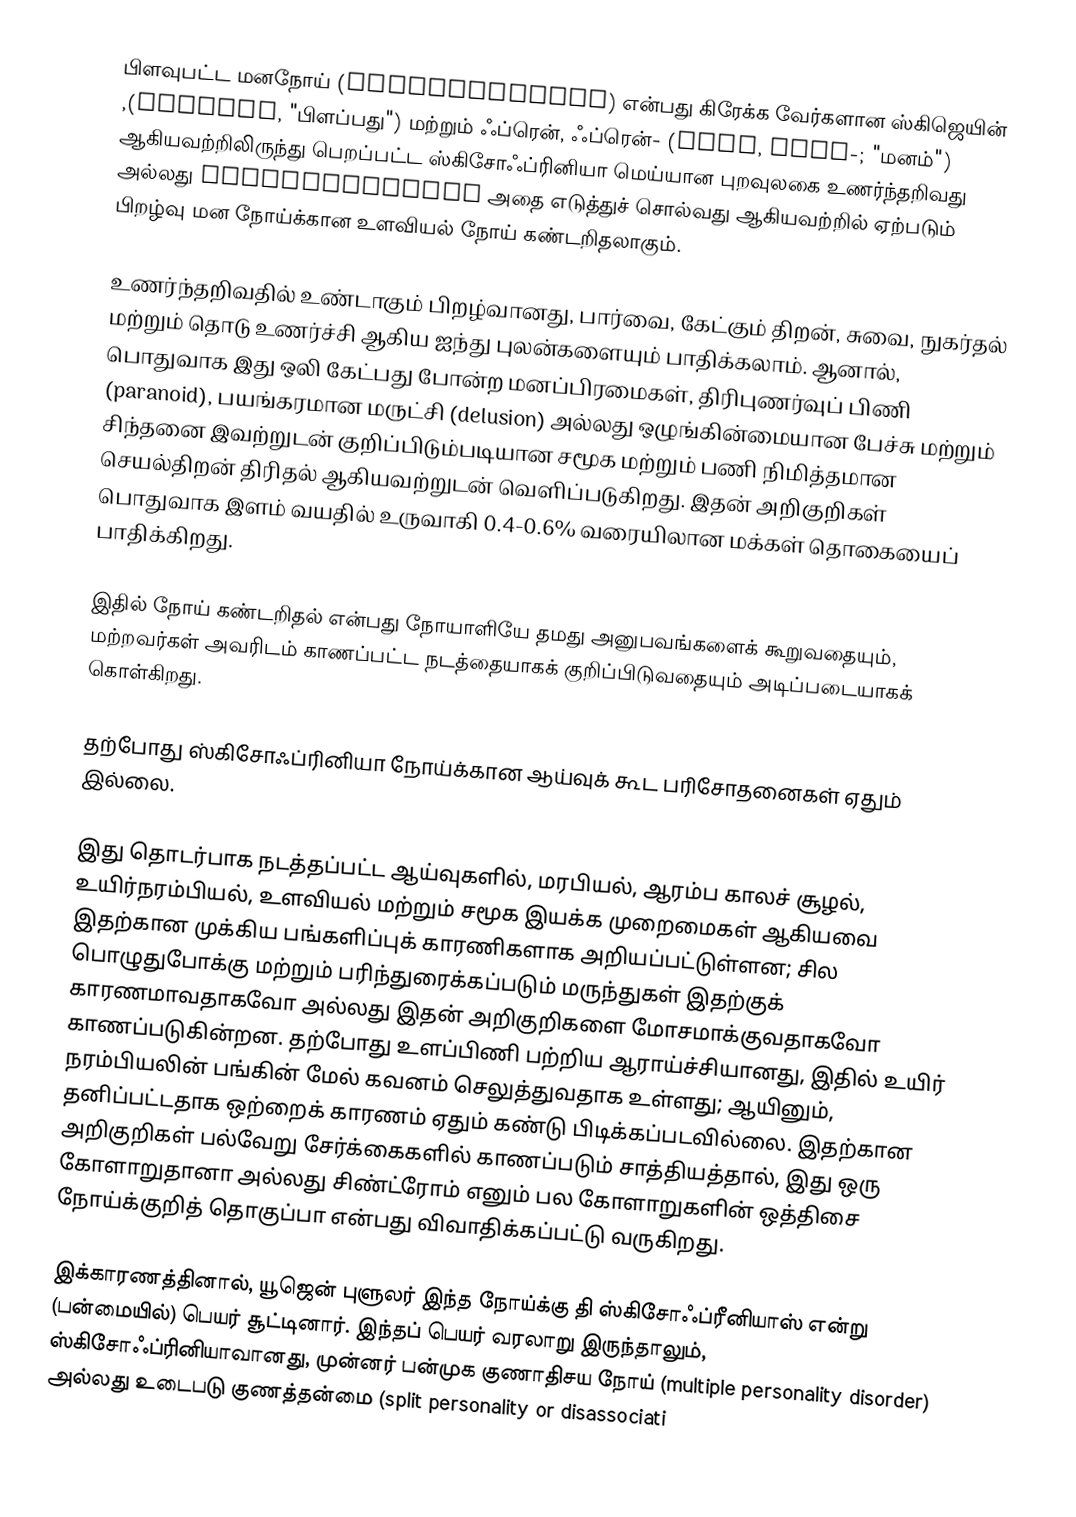
பிளவுபட்ட மனநோய் (Schizophrenia) என்பது கிரேக்க வேர்களான ஸ்கிஜெயின் ,(σχίζειν, "பிளப்பது") மற்றும் ஃப்ரென், ஃப்ரென்- (φρήν, φρεν-; "மனம்") ஆகியவற்றிலிருந்து பெறப்பட்ட ஸ்கிசோஃப்ரினியா  மெய்யான புறவுலகை உணர்ந்தறிவது  அல்லது skɪtsɵˈfriːniə அதை எடுத்துச் சொல்வது ஆகியவற்றில் ஏற்படும் பிறழ்வு மன நோய்க்கான  உளவியல் நோய் கண்டறிதலாகும்.

உணர்ந்தறிவதில் உண்டாகும் பிறழ்வானது, பார்வை, கேட்கும் திறன், சுவை, நுகர்தல் மற்றும் தொடு உணர்ச்சி ஆகிய ஐந்து புலன்களையும் பாதிக்கலாம். ஆனால், பொதுவாக இது ஒலி கேட்பது போன்ற மனப்பிரமைகள், திரிபுணர்வுப் பிணி (paranoid), பயங்கரமான மருட்சி (delusion) அல்லது ஒழுங்கின்மையான பேச்சு மற்றும் சிந்தனை இவற்றுடன் குறிப்பிடும்படியான சமூக மற்றும் பணி நிமித்தமான செயல்திறன் திரிதல் ஆகியவற்றுடன் வெளிப்படுகிறது.  இதன் அறிகுறிகள் பொதுவாக இளம் வயதில் உருவாகி 0.4-0.6% வரையிலான மக்கள் தொகையைப் பாதிக்கிறது.

இதில் நோய் கண்டறிதல் என்பது நோயாளியே தமது அனுபவங்களைக் கூறுவதையும், மற்றவர்கள் அவரிடம் காணப்பட்ட நடத்தையாகக் குறிப்பிடுவதையும் அடிப்படையாகக் கொள்கிறது.

தற்போது ஸ்கிசோஃப்ரினியா நோய்க்கான ஆய்வுக் கூட பரிசோதனைகள் ஏதும் இல்லை.

இது தொடர்பாக நடத்தப்பட்ட ஆய்வுகளில், மரபியல், ஆரம்ப காலச் சூழல், உயிர்நரம்பியல், உளவியல் மற்றும் சமூக இயக்க முறைமைகள் ஆகியவை இதற்கான முக்கிய பங்களிப்புக் காரணிகளாக அறியப்பட்டுள்ளன; சில பொழுதுபோக்கு மற்றும் பரிந்துரைக்கப்படும் மருந்துகள் இதற்குக் காரணமாவதாகவோ அல்லது இதன் அறிகுறிகளை மோசமாக்குவதாகவோ காணப்படுகின்றன.  தற்போது உளப்பிணி பற்றிய ஆராய்ச்சியானது, இதில் உயிர் நரம்பியலின் பங்கின் மேல் கவனம் செலுத்துவதாக உள்ளது; ஆயினும், தனிப்பட்டதாக ஒற்றைக் காரணம் ஏதும் கண்டு பிடிக்கப்படவில்லை. இதற்கான அறிகுறிகள் பல்வேறு சேர்க்கைகளில் காணப்படும் சாத்தியத்தால், இது ஒரு கோளாறுதானா அல்லது சிண்ட்ரோம் எனும் பல கோளாறுகளின் ஒத்திசை நோய்க்குறித் தொகுப்பா என்பது விவாதிக்கப்பட்டு வருகிறது.

இக்காரணத்தினால், யூஜென் புளுலர் இந்த நோய்க்கு தி ஸ்கிசோஃப்ரீனியாஸ் என்று (பன்மையில்) பெயர் சூட்டினார். இந்தப் பெயர் வரலாறு இருந்தாலும், ஸ்கிசோஃப்ரினியாவானது, முன்னர் பன்முக குணாதிசய நோய் (multiple personality disorder) அல்லது உடைபடு குணத்தன்மை (split personality or disassociati